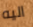
اليه